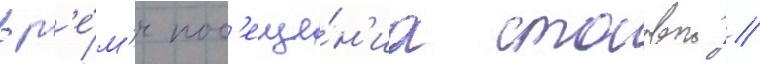
вр'е́м'я пос'еще́н'иа столовои //